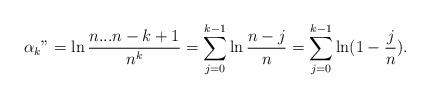
LaTeX: \begin{align*} \alpha_{k} "=\ln \frac{n...n-k+1}{n^{k}} =\sum\limits_{j=0}^{k-1}\ln \frac{n-j}{n}=\sum\limits_{j=0}^{k-1}\ln (1-\frac{j}{n}). \end{align*}